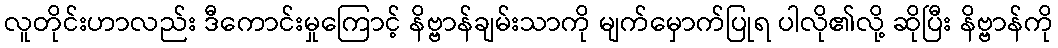
လူတိုင်းဟာလည်း ဒီကောင်းမှုကြောင့် နိဗ္ဗာန်ချမ်းသာကို မျက်မှောက်ပြုရ ပါလို၏လို့ ဆိုပြီး နိဗ္ဗာန်ကို